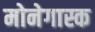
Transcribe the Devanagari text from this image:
मोनेगास्क